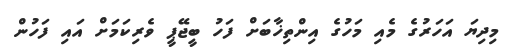
މިދިޔަ އަހަރުގެ މެއި މަހުގެ އިންތިޚާބަށް ފަހު ބީޖޭޕީ ވެރިކަމަށް އައި ފަހުން